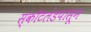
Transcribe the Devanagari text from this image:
स्कॉटलंडपासून